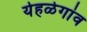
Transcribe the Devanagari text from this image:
येहळेगांव